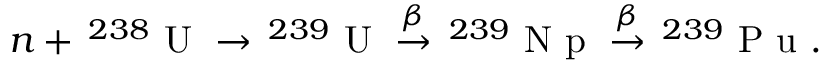
n + \, ^ { 2 3 8 } \mathrm { ~ U ~ } \to \, ^ { 2 3 9 } \mathrm { ~ U ~ } \overset { \beta } { \to } \, ^ { 2 3 9 } \mathrm { ~ N ~ p ~ } \overset { \beta } { \to } \, ^ { 2 3 9 } \mathrm { ~ P ~ u ~ } .